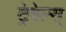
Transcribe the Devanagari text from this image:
ट्रेवेल्स्